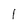
Character: 1